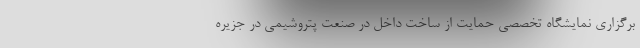
برگزاری نمایشگاه تخصصی حمایت از ساخت داخل در صنعت پتروشیمی در جزیره